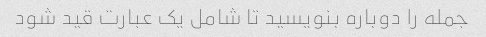
جمله را دوباره بنویسید تا شامل یک عبارت قید شود